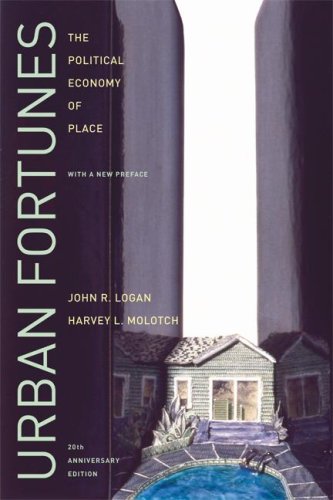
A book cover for Urban Fortunes: The Political Economy of Place; John R. Logan; Politics & Social Sciences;